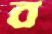
ব